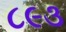
૮૯૩